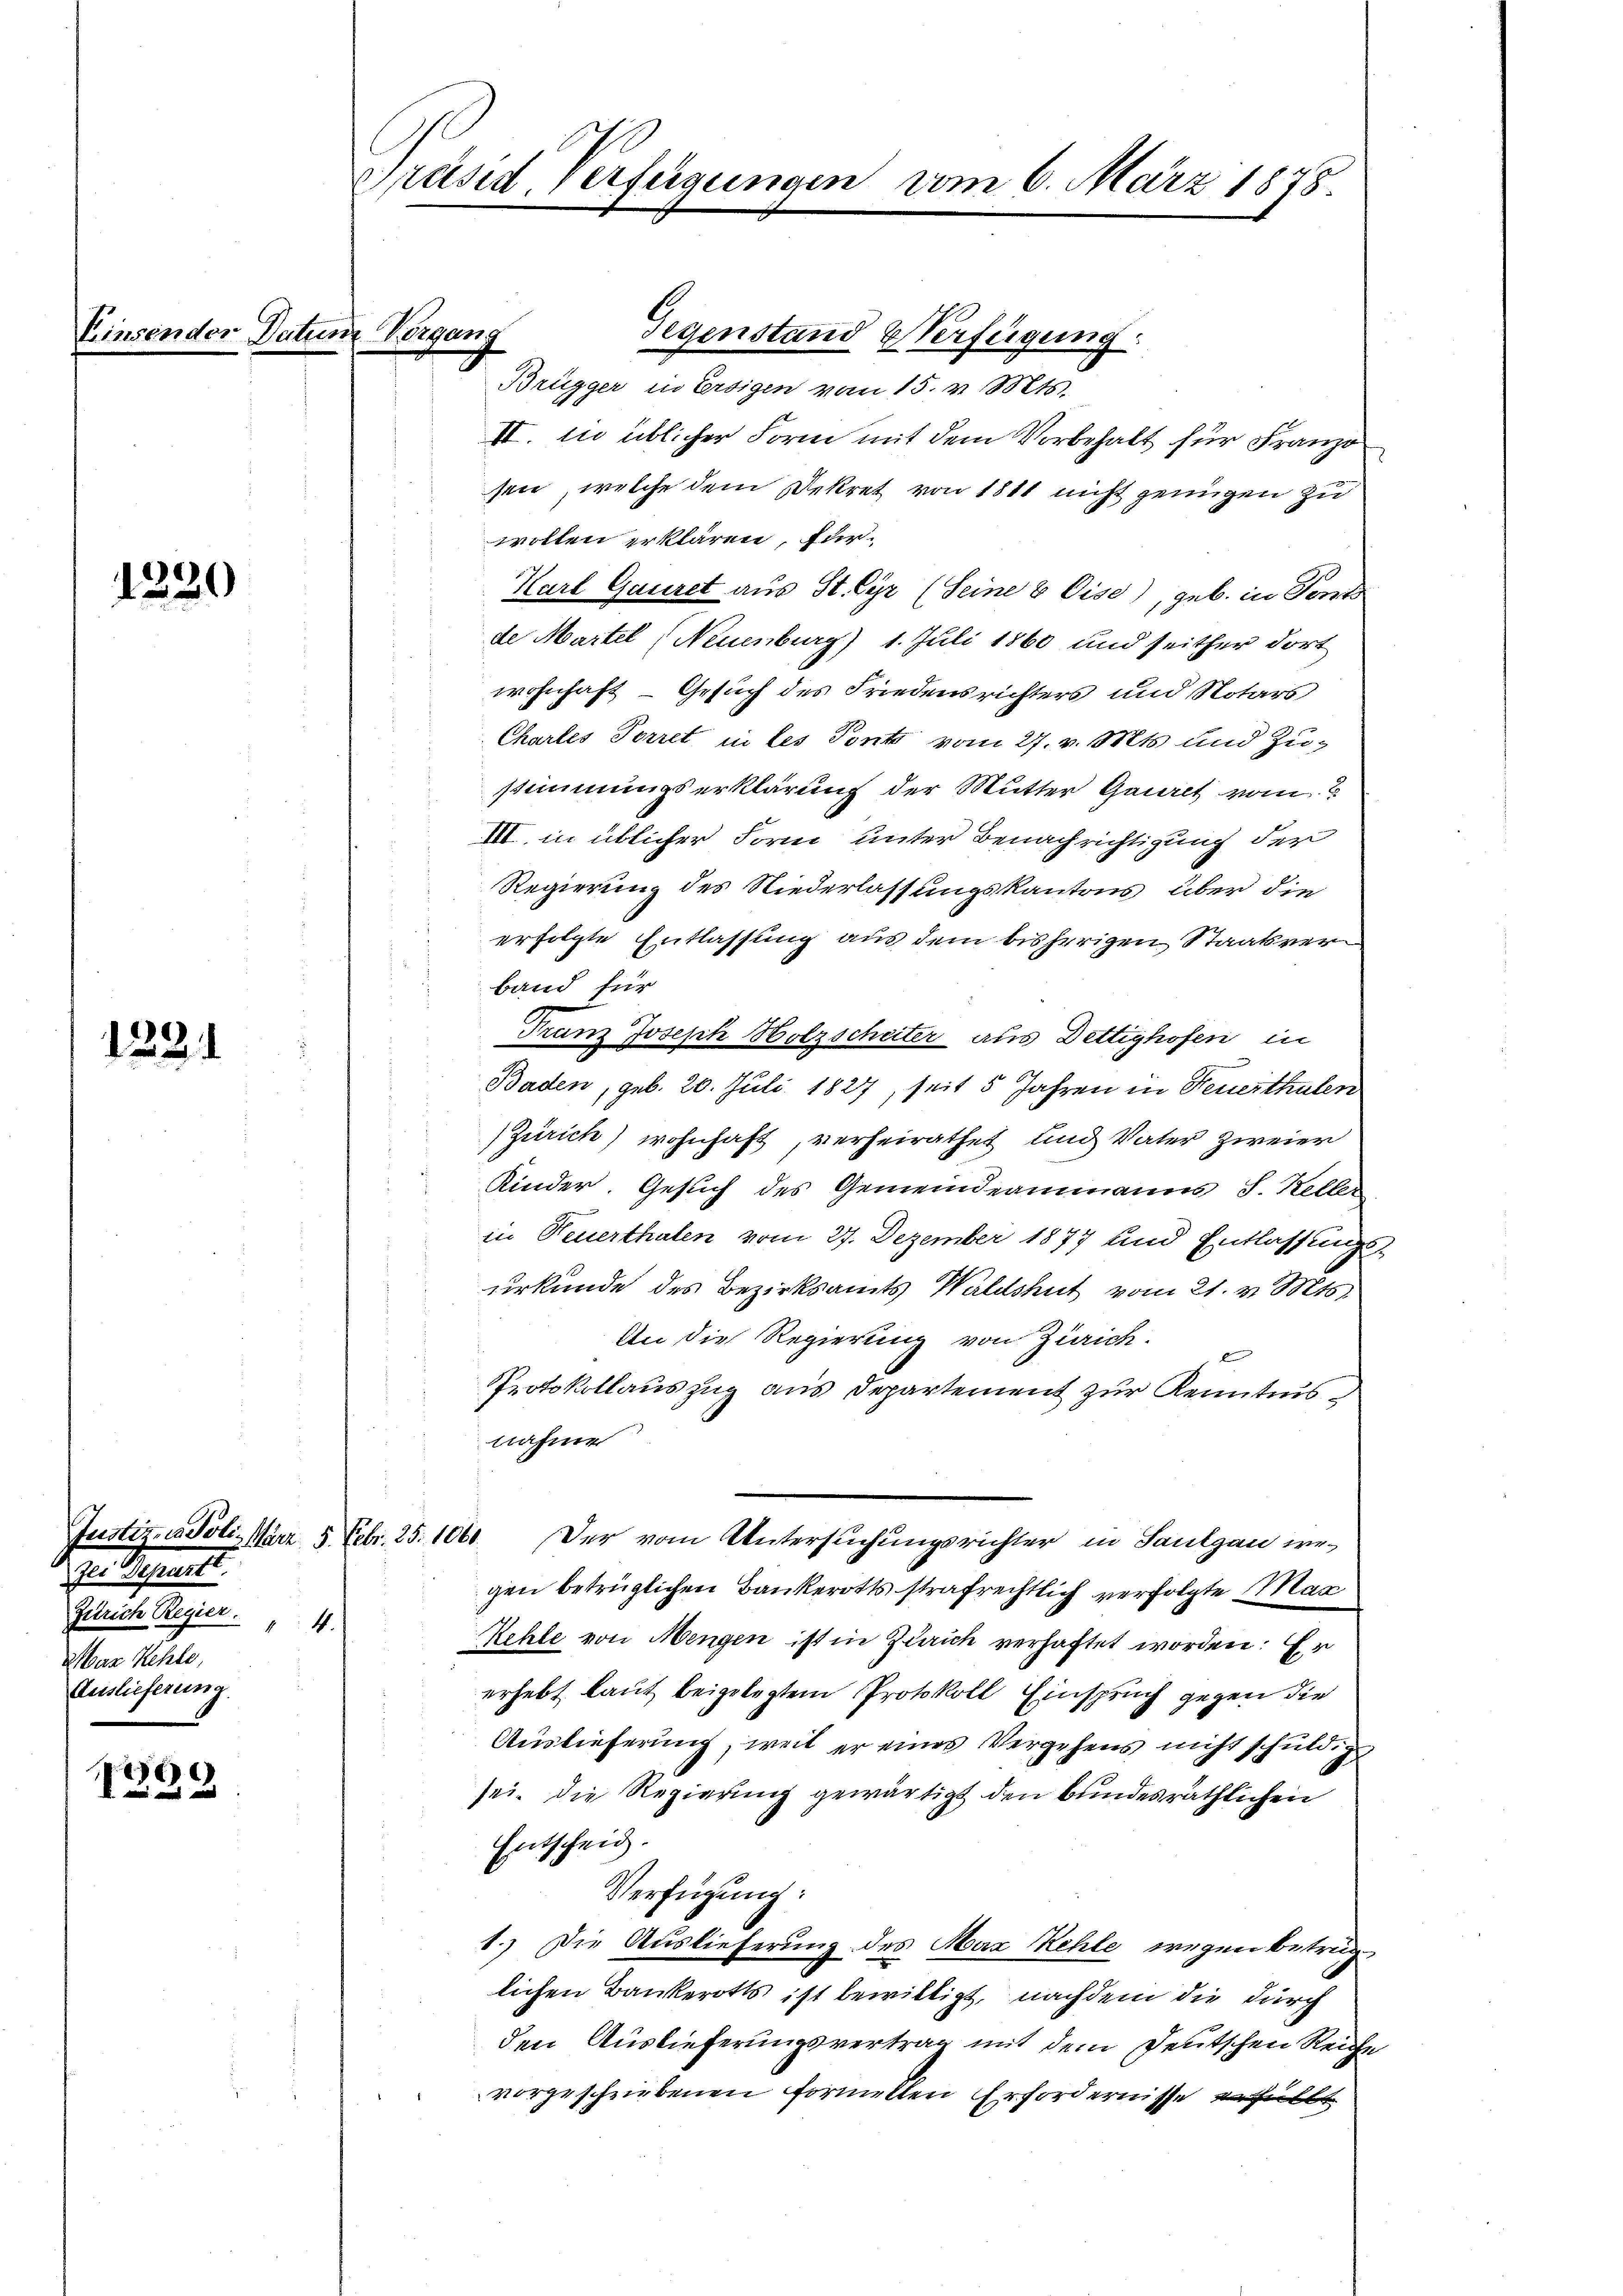
Einsender Datum Vorgane

1220

1221

Justiz, in Poli- März 5. Febr. 25. 1061.
Der Bepraest.
Zürich Regier.
4.

Maz Kehle,
Auslieferung.

6)

Präsid. Verfügungen vom 6. März 1878.

Gegenstand Verfügung
Brügger in Ersigen vom 15. v. Mts.
II. In üblicher Form mit dem Vorbehalt für Franzo
sen, welche dem Dekret von 1811 nicht genügen zu
wollen erklären, für
Karl Gauret aus St. Gyr (Seine 8 Eise), geb. in Tents
de Martel (Neuenburg) 1. Juli 1860 und seither dort
wohnhaft - Gesuch des Friedensrichters und Notars
Chartes Torret in les Ponto vom 27. v. Mts. und Zustimmungserklärung der Mutter Gauret vom
III. in üblicher Form unter Benachrichtigung der
Regierung des Niederlassungskantons, über die
erfolgte Entlassung aus dem bisherigen Staatsverband für
Franz Joseph Holzscheiter aus Dettighofen in
Baden, geb. 20. Juli 1827, seit 5 Jahren in Feuerthulen
Zürich) wohnhaft, verheirathet und Vater zweier
Kinder. Gesuch des Gemeindeammanns S. Keller
in Neuerthalen vom 27. Dezember 1877 und Entlassungs
urkunde des Bezirksamts Waldshut vom 21. v. Mts.
An die Regierung von Zürich.
Protokollauszug aus Departement zur Kenntnis
nahme
Der vom Untersuchungsrichter in Saulgau wegen betrüglichen Bankerots strafrechtlich verfolgte Mari
Kehle von Mengen ist in Zürich verhaftet worden: Er
erhebt laut beigelegtem Protokoll Einspruch gegen die
Auslieferung, weil er eines Vergehens nicht schuldig
sei. Die Regierung gewärtigt den bundesräthlichen
Entscheid.
Verfügung:
1.) Die Auslieferung des Max Kehle wegen betrüglichen Bankerotts ist bewilligt, nachdem die durch
den Auslieferungsvertrag mit dem Deutschen Reiche
vorgeschriebenen formellen Erfordernisse erfüllt

3